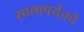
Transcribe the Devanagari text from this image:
सालापर्यंतचे